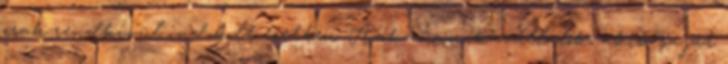
csak rendkívül indokolt esetben. Azok a munkavállalók, akik saját